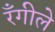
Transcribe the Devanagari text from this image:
रँगीले